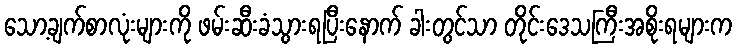
သော့ချက်စာလုံးများကို ဖမ်းဆီးခံသွားရပြီးနောက် ခါးတွင်သာ တိုင်းဒေသကြီးအစိုးရများက